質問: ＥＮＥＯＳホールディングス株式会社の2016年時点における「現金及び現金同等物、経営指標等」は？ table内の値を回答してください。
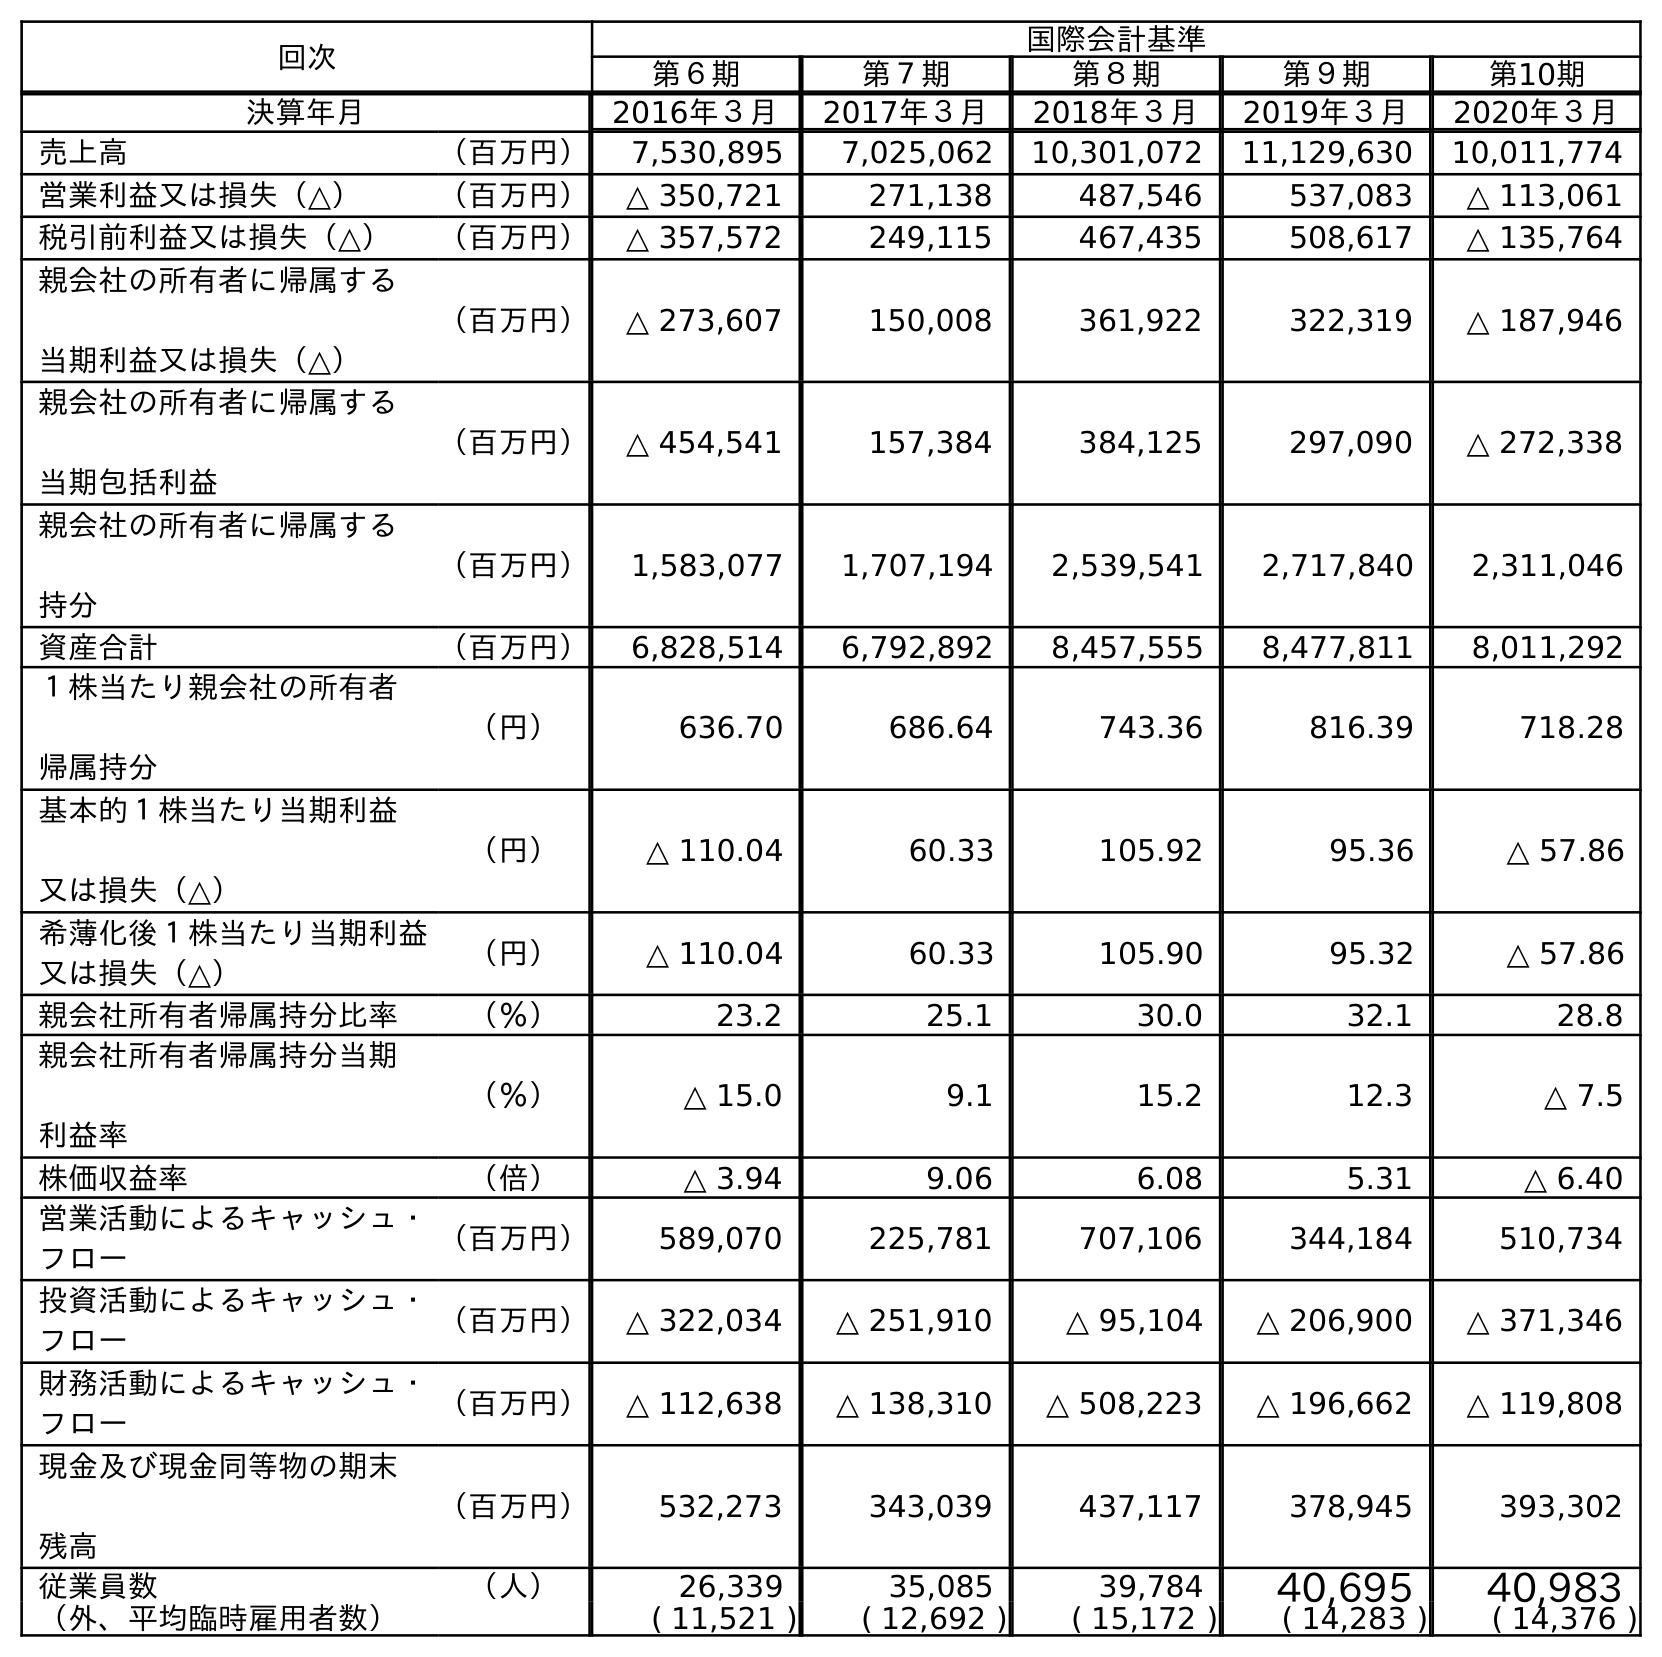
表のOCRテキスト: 回次 国際会計基準 第６期 第７期 第８期 第９期 第10期 決算年月 2016年３月 2017年３月 2018年３月 2019年３月 2020年３月 売上高 （百万円） 7,530,895 7,025,062 10,301,072 11,129,630 10,011,774 営業利益又は損失（△） （百万円） △ 350,721 271,138 487,546 537,083 △ 113,061 税引前利益又は損失（△） （百万円） △ 357,572 249,115 467,435 508,617 △ 135,764 親会社の所有者に帰属する 当期利益又は損失（△） （百万円） △ 273,607 150,008 361,922 322,319 △ 187,946 親会社の所有者に帰属する 当期包括利益 （百万円） △ 454,541 157,384 384,125 297,090 △ 272,338 親会社の所有者に帰属する 持分 （百万円） 1,583,077 1,707,194 2,539,541 2,717,840 2,311,046 資産合計 （百万円） 6,828,514 6,792,892 8,457,555 8,477,811 8,011,292 １株当たり親会社の所有者 帰属持分 （円） 636.70 686.64 743.36 816.39 718.28 基本的１株当たり当期利益 又は損失（△） （円） △ 110.04 60.33 105.92 95.36 △ 57.86 希薄化後１株当たり当期利益 又は損失（△） （円） △ 110.04 60.33 105.90 95.32 △ 57.86 親会社所有者帰属持分比率 （％） 23.2 25.1 30.0 32.1 28.8 親会社所有者帰属持分当期 利益率 （％） △ 15.0 9.1 15.2 12.3 △ 7.5 株価収益率 （倍） △ 3.94 9.06 6.08 5.31 △ 6.40 営業活動によるキャッシュ・ フロー （百万円） 589,070 225,781 707,106 344,184 510,734 投資活動によるキャッシュ・ フロー （百万円） △ 322,034 △ 251,910 △ 95,104 △ 206,900 △ 371,346 財務活動によるキャッシュ・ フロー （百万円） △ 112,638 △ 138,310 △ 508,223 △ 196,662 △ 119,808 現金及び現金同等物の期末 残高 （百万円） 532,273 343,039 437,117 378,945 393,302 従業員数 （人） 26,339 35,085 39,784 40,695 40,983 （外、平均臨時雇用者数） ( 11,521 ) ( 12,692 ) ( 15,172 ) ( 14,283 ) ( 14,376 )
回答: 532,273